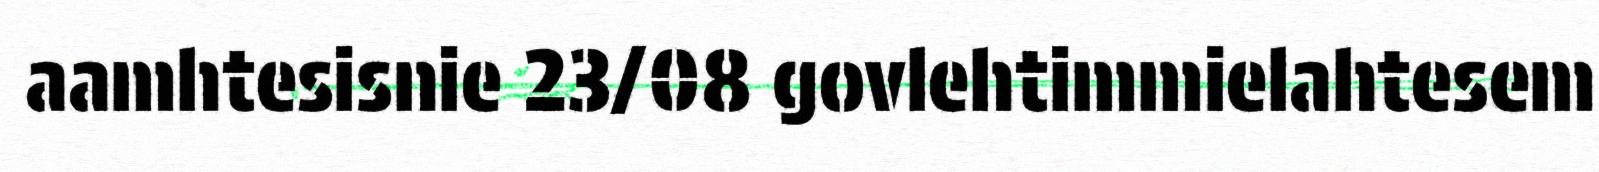
aamhtesisnie 23/08 govlehtimmielahtesem